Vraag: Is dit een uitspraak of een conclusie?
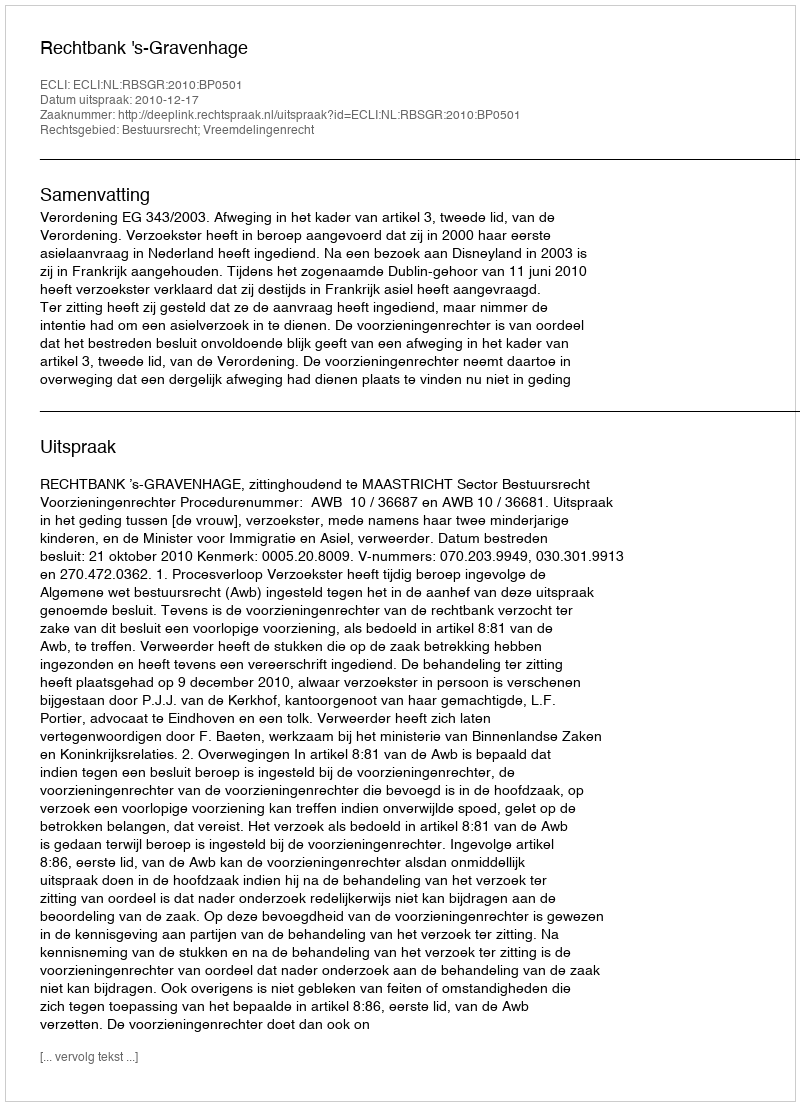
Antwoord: Uitspraak